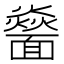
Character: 𩉅